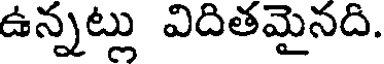
ఉన్నట్లు విదితమైనది.